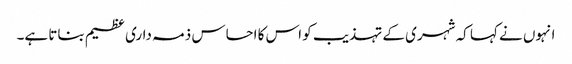
انہوں نے کہا کہ شہری کے تہذیب کو اس کا احساس ذمہ داری عظیم بناتا ہے۔